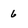
Character: 6